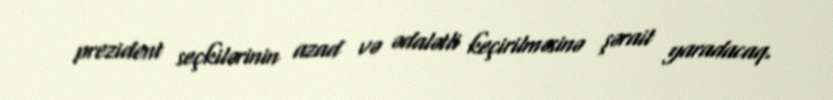
prezident seçkilərinin azad və ədalətli keçirilməsinə şərait yaradacaq.